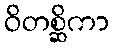
ဝိတစ္ဆိကာ